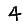
Digit: 4